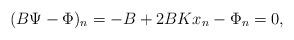
LaTeX: \begin{align*}(B \Psi - \Phi)_n = - B + 2 BK x_n - \Phi_n = 0,\end{align*}